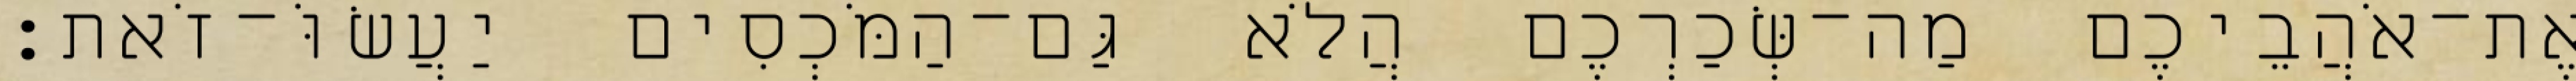
אֶת־אֹהֲבֵיכֶם מַה־שְּׂכַרְכֶם הֲלֹא גַּם־הַמֹּכְסִים יַעֲשׂוֹּ־זֹאת׃